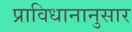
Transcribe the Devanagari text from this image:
प्राविधानानुसार